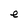
Character: e